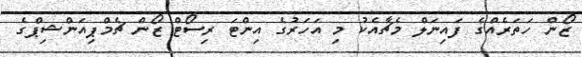
ޒޯން ހަތަރެއްގެ ފައިނަލް މެޗާއެކު މި އަހަރުގެ އިންޓަ ރިސޯޓް ޒޯން ޗެމްޕިއަންޝިޕްގެ